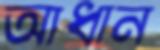
আধান